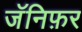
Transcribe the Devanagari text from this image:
जॅनिफ़र